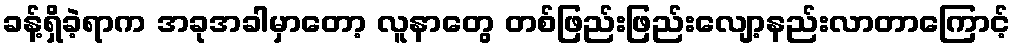
ခန့်ရှိခဲ့ရာက အခုအခါမှာတော့ လူနာတွေ တစ်ဖြည်းဖြည်းလျော့နည်းလာတာကြောင့်